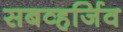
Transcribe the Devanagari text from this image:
सबव्हर्जिव